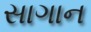
સાગાન